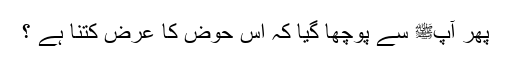
پھر آپﷺ سے پوچھا گیا کہ اس حوض کا عرض کتنا ہے ؟